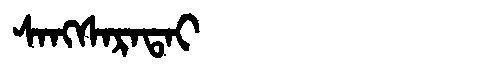
Manchu: ᠰᠠᠩᠰᠠᡵᠠᡨᠠᡳ
Romanization: SANGSARATAI